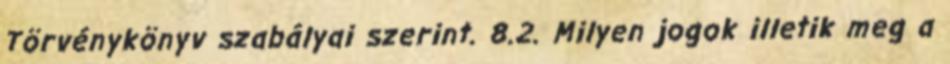
Törvénykönyv szabályai szerint. 8.2. Milyen jogok illetik meg a